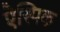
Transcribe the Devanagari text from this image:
ऐस्पिक